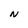
Character: N